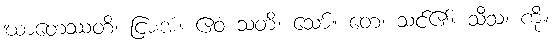
ဃာတေဿတိ၊ ငြားအံ့။ ဧဝံ သတိ၊ သော်။ တေ၊ သင်၏။ သီသံ၊ ကို။